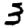
Digit: 3